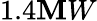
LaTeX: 1.4\mathbf{M}W